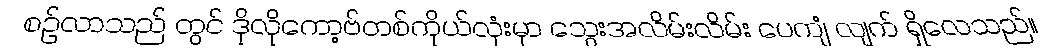
စဉ်လာသည် တွင် ဒိုလိုကော့ဗ်တစ်ကိုယ်လုံးမှာ သွေးအလိမ်းလိမ်း ပေကျံ လျက် ရှိလေသည်။